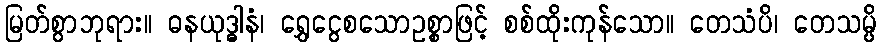
မြတ်စွာဘုရား။ ဓနယုဒ္ဓါနံ၊ ရွှေငွေစသောဥစ္စာဖြင့် စစ်ထိုးကုန်သော။ တေသံပိ၊ တေသမ္ပိ